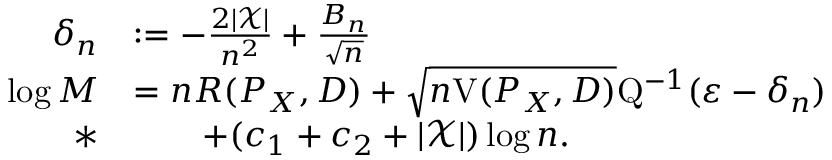
\begin{array} { r l } { \delta _ { n } } & { : = - \frac { 2 | \mathcal { X } | } { n ^ { 2 } } + \frac { B _ { n } } { \sqrt { n } } } \\ { \log M } & { = n R ( P _ { X } , D ) + \sqrt { n \mathrm { V } ( P _ { X } , D ) } \mathrm { Q } ^ { - 1 } ( \varepsilon - \delta _ { n } ) } \\ { * } & { \qquad + ( c _ { 1 } + c _ { 2 } + | \mathcal { X } | ) \log n . } \end{array}